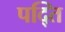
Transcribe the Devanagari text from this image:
पद्ति